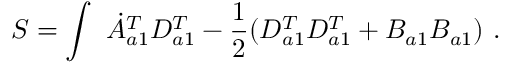
S = \int \ \dot { A } _ { a 1 } ^ { T } D _ { a 1 } ^ { T } - \frac { 1 } { 2 } ( D _ { a 1 } ^ { T } D _ { a 1 } ^ { T } + B _ { a 1 } B _ { a 1 } ) \ .